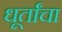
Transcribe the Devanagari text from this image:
धूर्तांचा